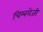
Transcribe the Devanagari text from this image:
चिम्बरोजी